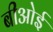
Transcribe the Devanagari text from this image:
बीओई